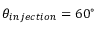
\theta _ { i n j e c t i o n } = 6 0 ^ { \circ }